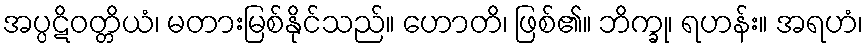
အပ္ပဋိဝတ္တိယံ၊ မတားမြစ်နိုင်သည်။ ဟောတိ၊ ဖြစ်၏။ ဘိက္ခု၊ ရဟန်း။ အရဟံ၊